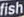
fish